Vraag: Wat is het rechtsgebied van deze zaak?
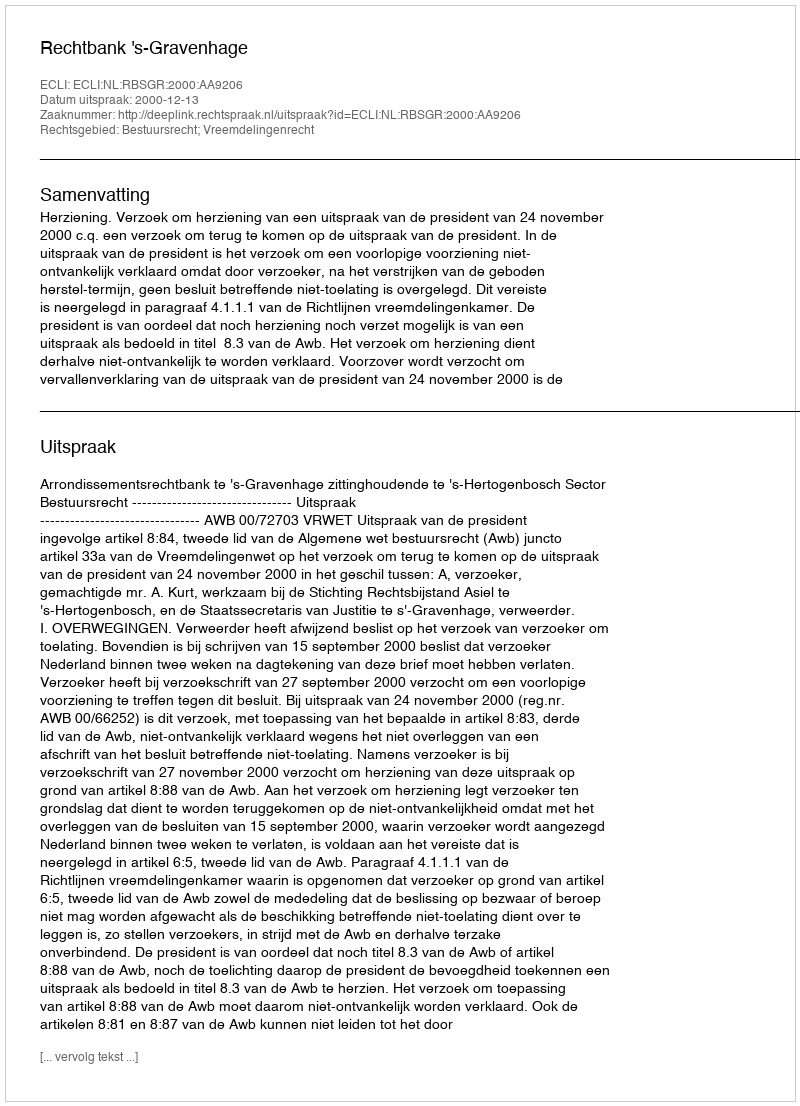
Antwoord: Bestuursrecht; Vreemdelingenrecht